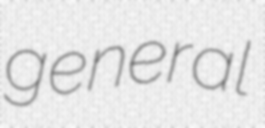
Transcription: general